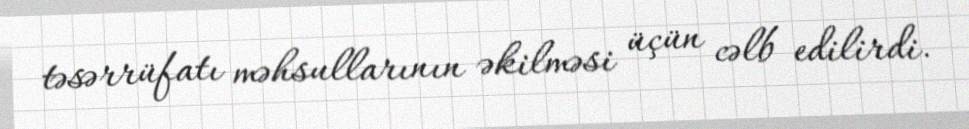
təsərrüfatı məhsullarının əkilməsi üçün cəlb edilirdi.